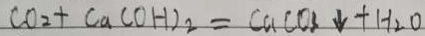
C O _ { 2 } + C a ( O H ) _ { 2 } = C a C O _ { 3 } \downarrow + H _ { 2 } O